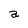
Character: a